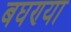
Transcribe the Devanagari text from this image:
बघण्या